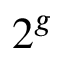
2 ^ { g }